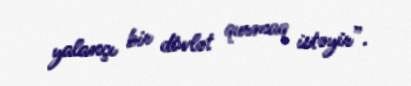
yalançı bir dövlət qurmaq istəyir”.